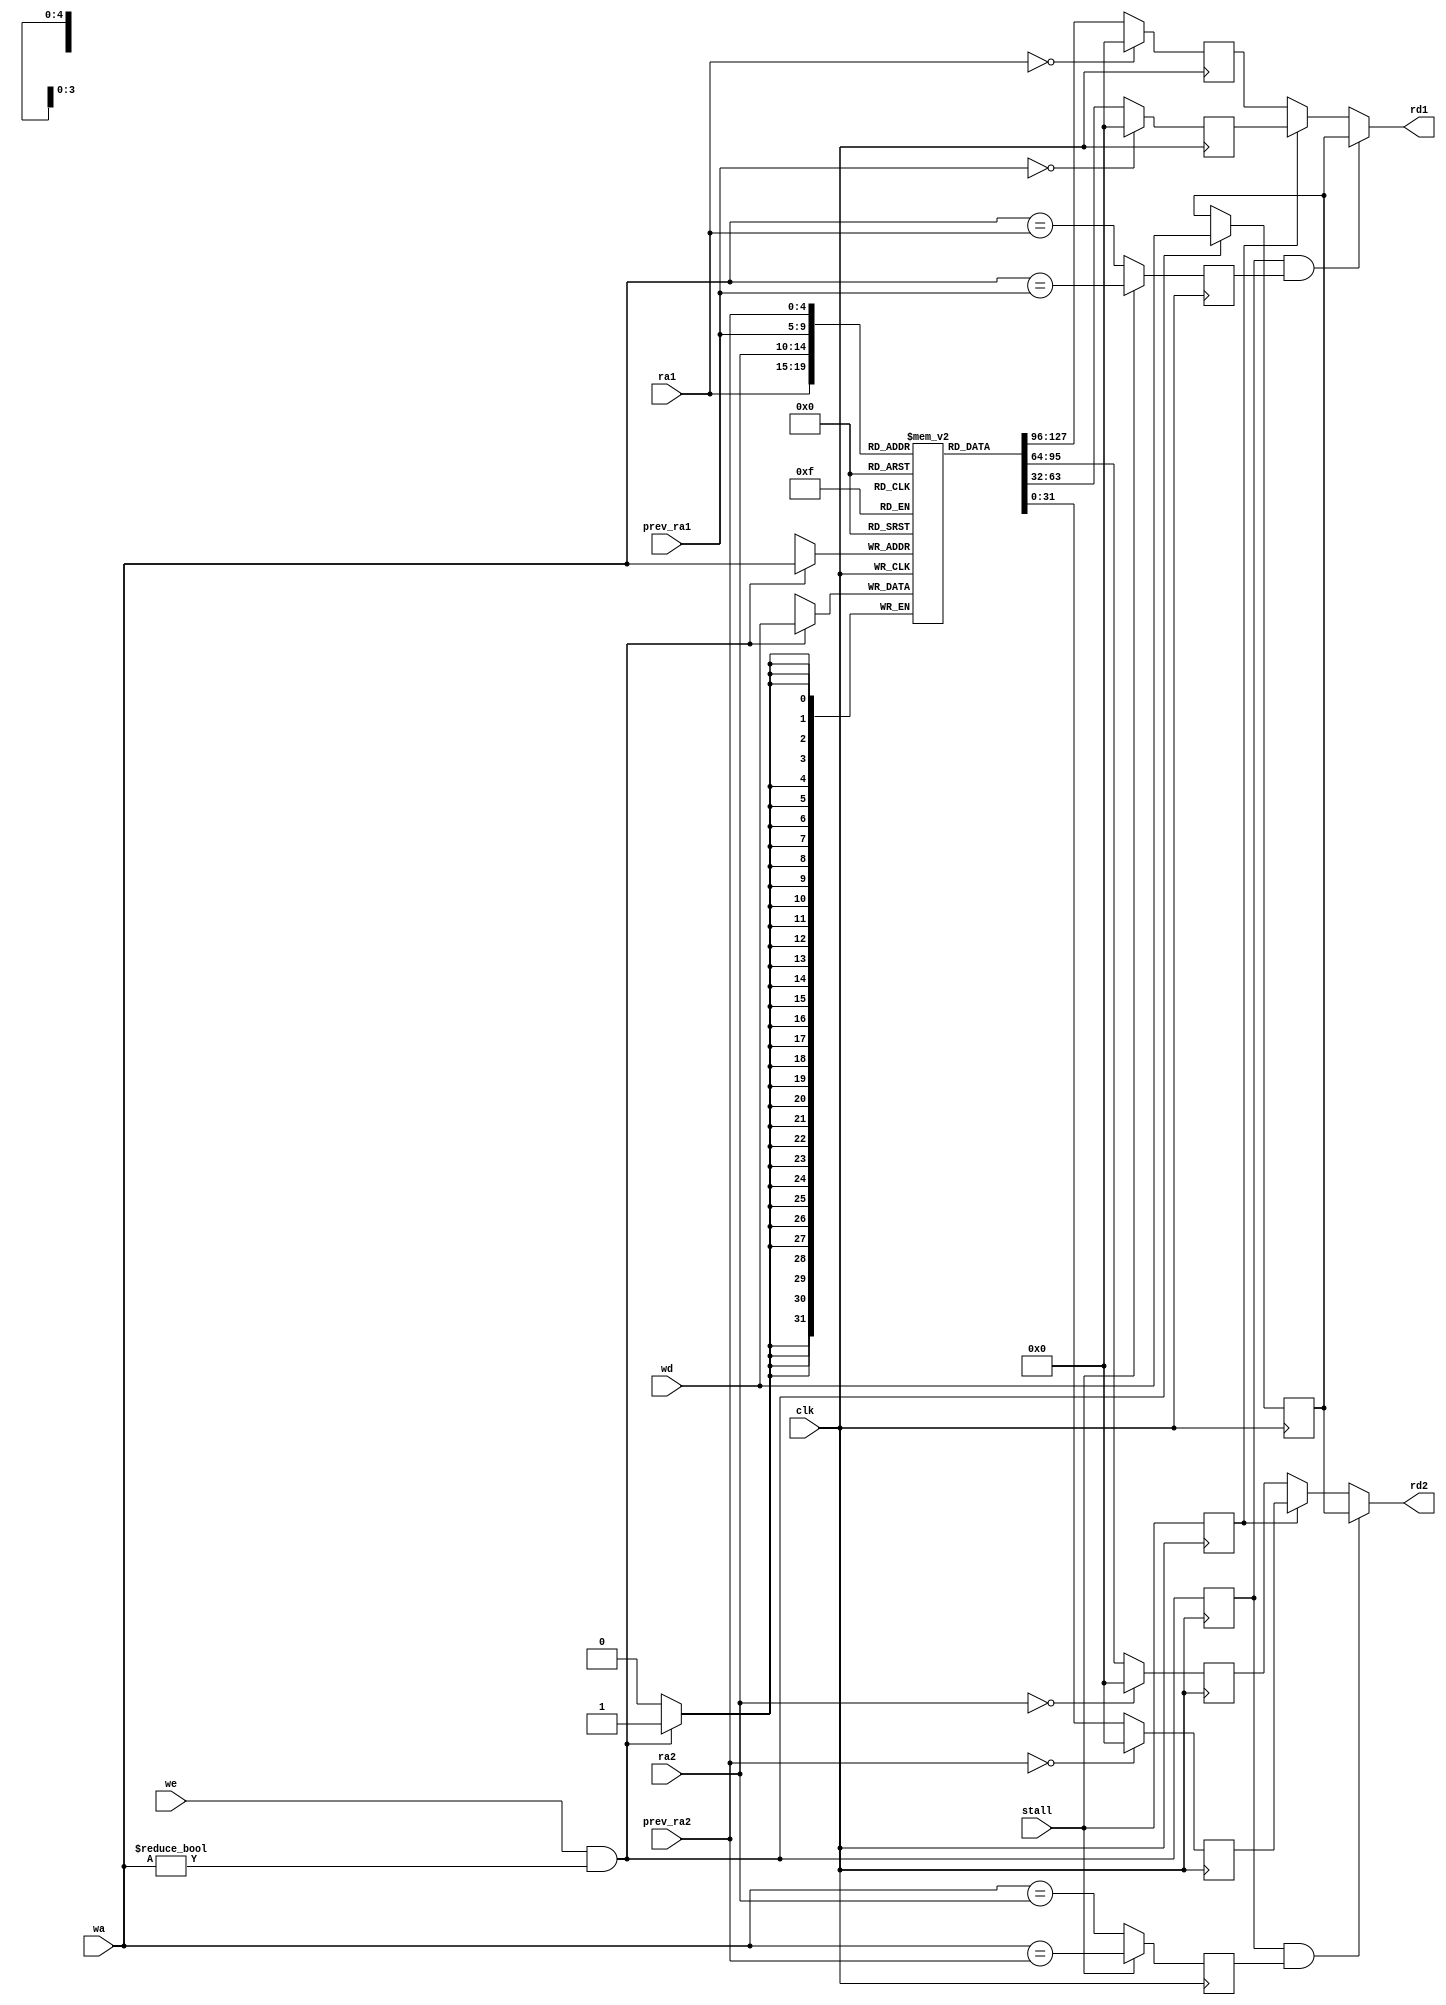
module Regfile (
    input clk,
    input stall,
    input we,  //write enable
    input [4:0] ra1, ra2, wa, // address A, address B, and write address
    input [4:0] prev_ra1, prev_ra2,
    input [31:0] wd, //write data
    output [31:0] rd1, rd2 // A, B
);
    reg saved_stall, saved_did_write, forward_A, forward_B;

    reg [31:0] A, B, A_stall, B_stall, prev_wd;

    reg [31:0] registers [31:1];

    assign rd1 = saved_did_write && forward_A ? prev_wd : saved_stall ? A_stall : A;
    assign rd2 = saved_did_write && forward_B ? prev_wd : saved_stall ? B_stall : B;

    always @(posedge clk) begin
        A <= ra1 == 5'd0 ? 32'd0 : registers[ra1];
        B <= ra2 == 5'd0 ? 32'd0 :  registers[ra2];
        A_stall <= prev_ra1 == 5'd0 ? 32'd0 : registers[prev_ra1];
        B_stall <= prev_ra2 == 5'd0 ? 32'd0 : registers[prev_ra2];
        forward_A <= (stall ? wa == prev_ra1 : wa == ra1);
        forward_B <= (stall ? wa == prev_ra2 : wa == ra2);
        saved_stall <= stall;
        saved_did_write <= we && wa != 5'd0;
        if (we && wa != 5'd0) begin
            registers[wa] <= wd;
            prev_wd <= wd;
        end
    end
endmodule